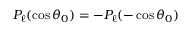
P _ { \ell } ( \cos \theta _ { 0 } ) = - P _ { \ell } ( - \cos \theta _ { 0 } )